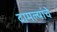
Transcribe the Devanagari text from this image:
दामल्यांचे